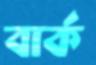
বার্ক